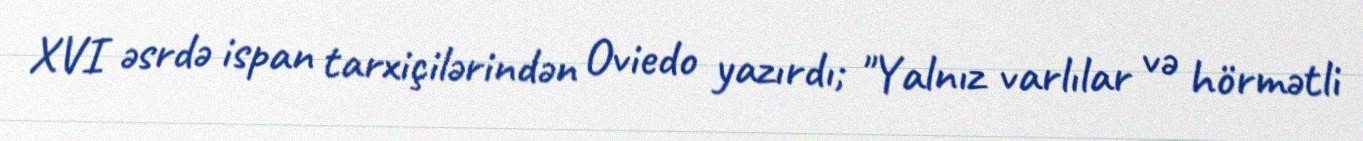
XVI əsrdə ispan tarxiçilərindən Oviedo yazırdı; "Yalnız varlılar və hörmətli